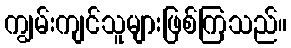
ကျွမ်းကျင်သူများဖြစ်ကြသည်။